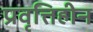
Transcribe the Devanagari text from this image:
प्रवृत्तिहीन